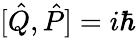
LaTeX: [{\hat{Q}},{\hat{P}}]=i\hbar